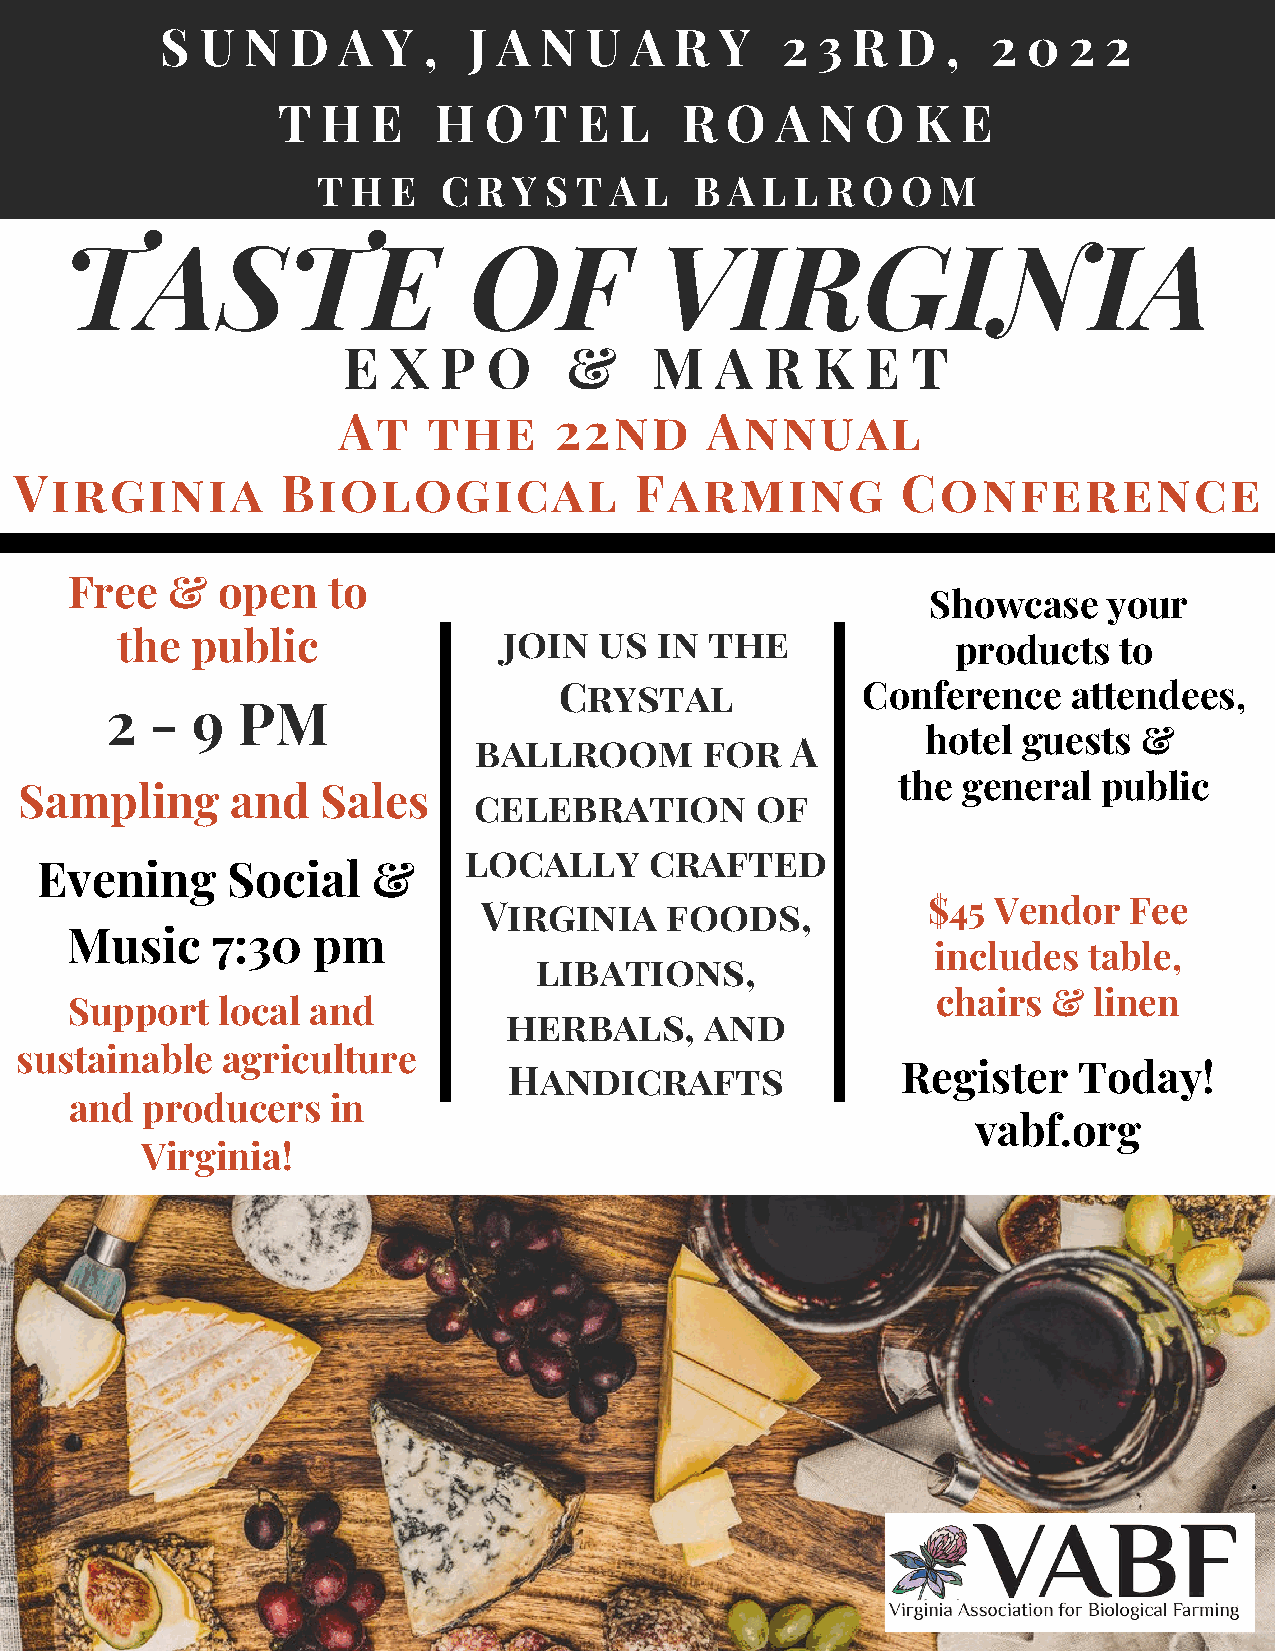
S U  N  D  A  Y  ,  J A  N  U  A  R  Y   2 3 R  D   ,  2 0  2 2
 T  H   E   H  O  T  E  L   R  O  A  N  O   K  E
 T H  E  C  R Y S T A  L  B A L  L R O  O M
 TASTE                      OF           VIRGINIA
 E  X  P  O     &    M   A   R  K  E  T
 At    the      22nd      Annual
 Virginia          Biological             Farming           Conference
 Free   &  open    to
 Showcase    your
 the  public              join   us in  the
 products   to
 Crystal             Conference    attendees,
 2  -  9  PM
 hotel  guests  &
 ballroom        for  A
 the  general  public
 Sampling      and   Sales
 celebration        of
 locally     crafted
 Evening      Social    &
 Virginia    foods,           $45  Vendor   Fee
 Music     7:30   pm
 includes  table,
 libations,
 chairs  & linen
 Support   local and
 herbals,     and
 sustainable   agriculture
 Handicrafts               Register   Today!
 and producers    in
 vabf.org
 Virginia!